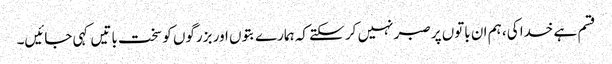
قسم ہے خدا کی، ہم ان باتوں پر صبر نہیں کر سکتے کہ ہمارے بتوں اور بزرگوں کو سخت باتیں کہی جائیں۔